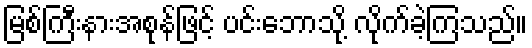
မြစ်ကြီးနားအစုန်ဖြင့် ပင်းဘောသို့ လိုက်ခဲ့ကြသည်။